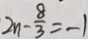
2 n - \frac { 8 } { 3 } = - 1